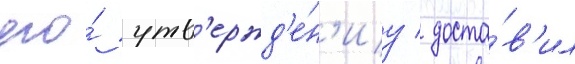
его́ утв'ержд'е́н'иу / доста́в'ил